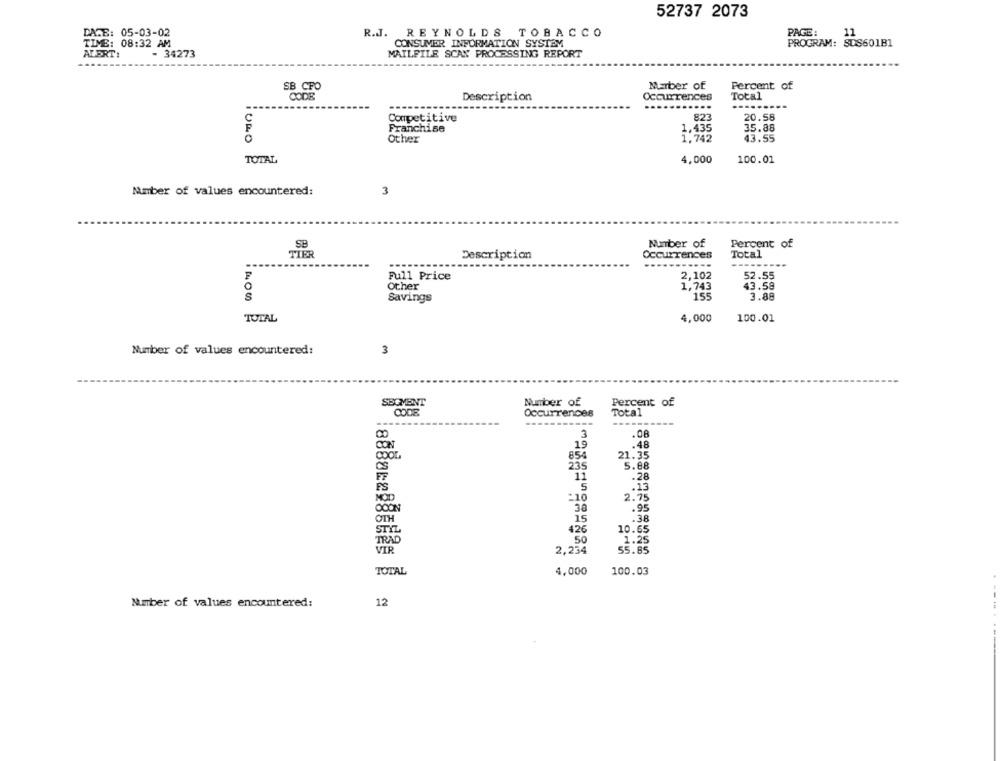
52737 2073
PAGE:
DATE: 05-03-02
R.J. REYNOLDS TOBACCO
11
TIME: 08:32 AM
CONSUMER INFORMATION SYSTEM
PROGRAM: SUS601B1
ALERT:
- 34273
MAILFILE SCAN PROCESSING REPORT
SB CFO
Marber of
Percent of
CODE
Description
Occurrences
Total
.......
Competitive
823
20.58
Franchise
1,435
35.88
iURO
1,742
43.55
Other
TOTAL
4,000
100.01
3
Number of values encountered:
SB
Number of
Percent of
TIER
Description
Occurrences
Total
..........
---
Full Price
2,102
52.55
Other
1,743
43.58
Savings
155
3.88
TOTAL
4,000
100.01
Number of values encountered:
3
SBOMENT
Number of
Percent of
CODE
Total
Occurrences
3
.08
19
.48
COOL
654
21.35
235
5.88
11
-28
5
.13
PS
:10
2.75
38
.95
15
.38
OTH
STYL
426
10.65
TRAD
50
1.25
VIR
2,234
55.85
100.03
TOTAL
4,000
Number of values encountered:
12